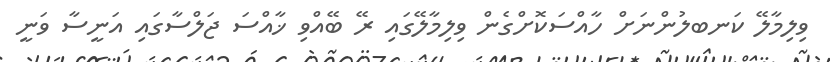
ވިލިމާލޭ ކަނބލުންނަށް ހާއްސަކޮށްގެން ވިލިމާލޭގައި ރޭ ބޭއްވި ޚާއްސަ ޖަލްސާގައި އަނީސާ ވަނީ